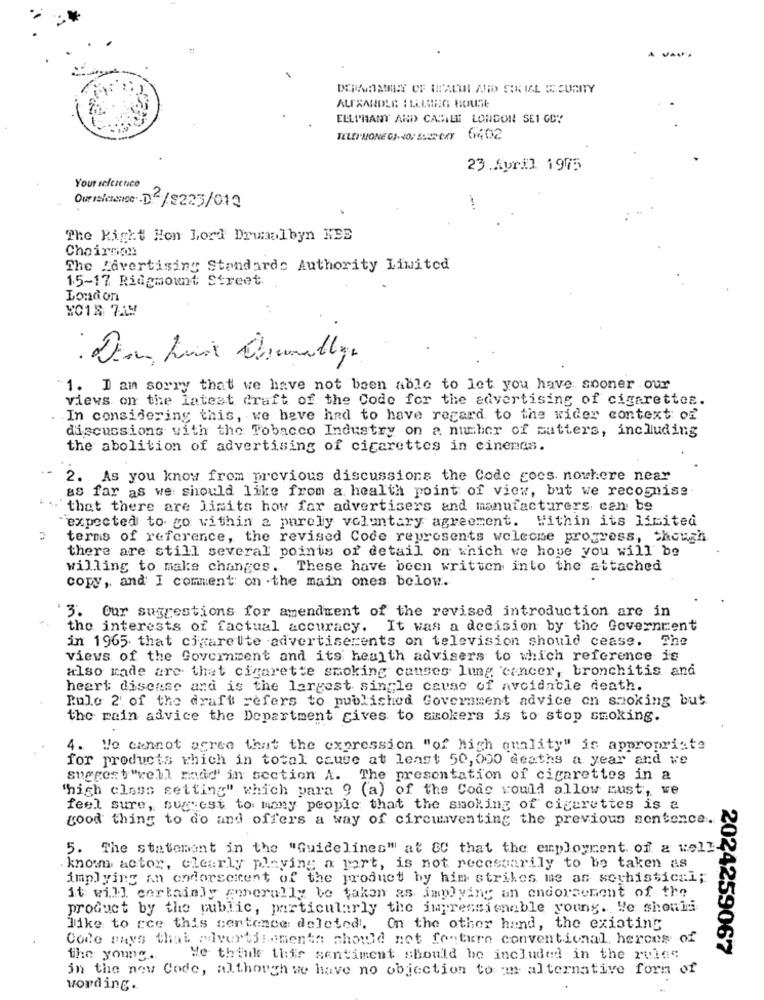
11
ALIXANDLE : LAING HOUSE
ELEPHANT ARD CAMILLE LONDON SE1 GDY
TELEI'MONE GI- 4 BECKY 6402
23 .April 1975
Your selcience
Own inicience D2/$223/012
The Right Hon Lord Drumalbyn NEE
Chairnon
The Lavertising Standards Authority Limited
15-17 Ridgmount Street
London
1. I am sorry that we have not been able to let you have sooner our
views on the latest draft of the Code for the advertising of cigarettes.
In considering this, we have had to have regard to the wider context of
discussions with the Tobacco Industry on a number of mutters, including
the abolition of advertising of cigarettes in cinenas.
2. As you know from previous discussions the Code goes nowhere near
as far as we should like from a health point of view, but we recognise
that there are Jimits how far advertisers and manufacturers can be
expected to go within a purely voluntary agreement. Within its limited
terms of reference, the revised Code represents welcome progress, though
there are still several points of detail on which we hope you will be
willing to make changes.
These have been written into the attached
copy, and I comment on .the main ones below.
3. Our suggestions for amendment of the revised introduction are in
the interests of factual accuracy. It was a decision by the Government
in 1965 that cigarette advertiserents on television should cease. The
views of the Government and its health advisers to which reference is
also made are that cigarette smoking causes lung cancer, bronchitis and
heart disease and is the largest single cause of avoidable death.
Rulo 2. of the draft refers to published Government advice on smoking but.
the main advice the Department cives to smokers is to stop smoking.
4. We cannot agree that the expression "of high quality" is appropriate
for products which in total cause at least 50,000 deaths a year and we
suggest "rell modd' in section A. The presentation of cigarettes in a
'high class setting" which para 9 (a) of the Code would allow must, we
feel sure, sugest to many people that the smoking of cigarettes is a
good thing to do and offers a way of circumventing the previous sentence.
5. The statement in the "Guidelines" at 8C that the employment. of a well
knom actor, clearly playing a port, is not necessarily to be taken as
implying an endorsement of the product by him strikes me as soyhistical;
it will certainly generally be taken as implying an endorsement of the
product by the public, particularly the impressionable young. We should
like to cce this sentence deleted. On the other hand, the existing
Code mays that advertisements should not feature conventional herces of
2024259067
the young ..
We think this sentiment should be included in the rules
in the new Code, although we have no objection to mn alternative form of
wording.